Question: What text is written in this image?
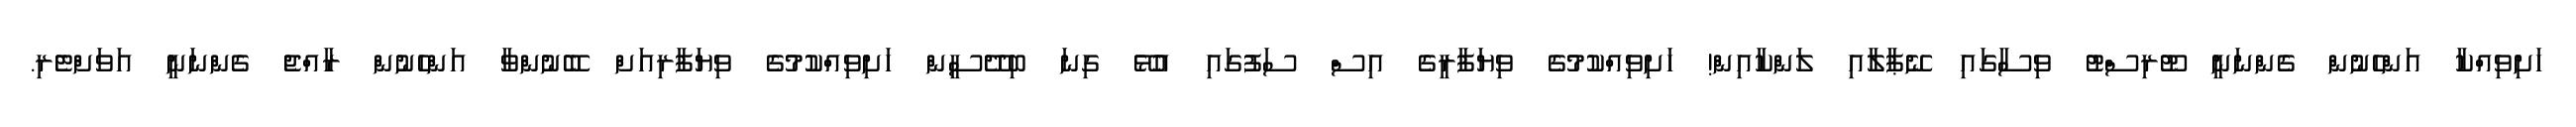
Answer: ހަށިވިއްކާ އަންހެނުން ގެންނަނީ ޓޫރިސްޓު ވިސާގައި ނޭޕާލާއި ލަންކާއިން! ހަށިވިއްކުމުގެ ވިޔަފާރީގެ އިސް ސަފުގައި އުޅޭ ގިނަ ބިދޭސީން ހަށިވިއްކުމުގެ ވިޔަފާރިއަށް ބޭނުންވާ އަންހެނުން ރާއްޖެ ގެންނަނީ އަވަށްޓެރި.